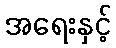
အရေးနှင့်